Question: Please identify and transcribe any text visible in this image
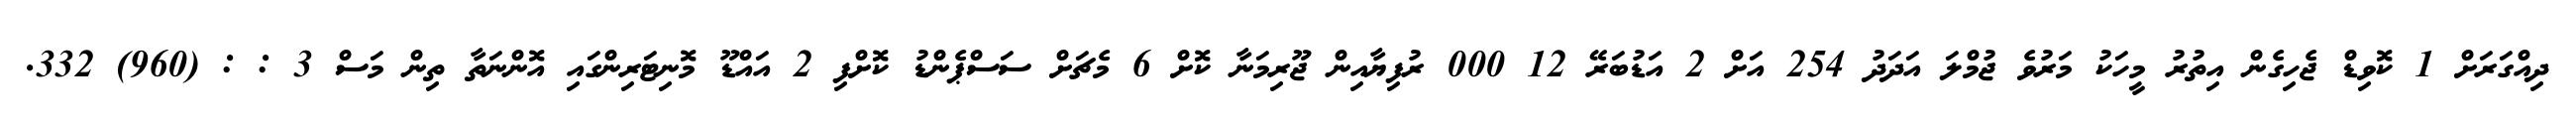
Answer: ދިއްގަރަށް 1 ކޮވިޑް ޖެހިގެން އިތުރު މީހަކު މަރުވެ ޖުމްލަ އަދަދު 254 އަށް 2 އަޑުބަރޭ 12 000 ރުފިޔާއިން ޖޫރިމަނާ ކޮށް 6 މެޗަށް ސަސްޕެންޑު ކޮށްފި 2 އައްޑޫ މޮނިޓަރިންގައި އޮންނަތާ ތިން މަސް 3 : : (960) 332.